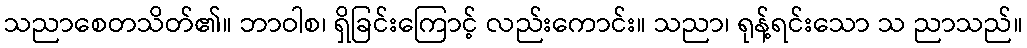
သညာစေတသိတ်၏။ ဘာဝါစ၊ ရှိခြင်းကြောင့် လည်းကောင်း။ သညာ၊ ရုန့်ရင်းသော သ ညာသည်။